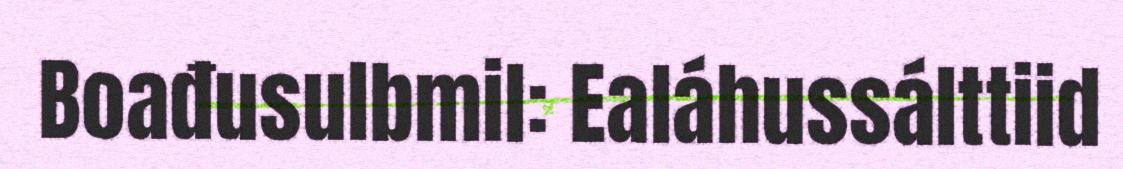
Boađusulbmil: Ealáhussálttiid